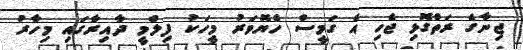
ޖިނާގެ ރަތްގޮޅި ޖެހި އެ ގަމީސް ހެޔޮވަރު މީހަކު ފިލްމީ ދާއިރާގައި މިހާރު